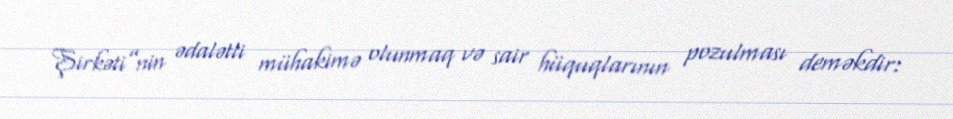
Şirkəti”nin ədalətli mühakimə olunmaq və sair hüquqlarının pozulması deməkdir: